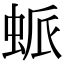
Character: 䖰